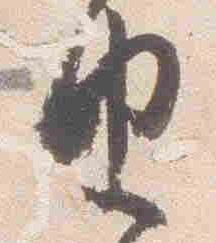
由